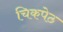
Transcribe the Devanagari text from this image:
चिकपेठ